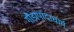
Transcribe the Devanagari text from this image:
गौड़ापादाचार्य